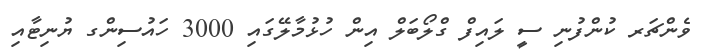
ވެންޗަރ ކުންފުނި ސީ ލައިފް ގްލޯބަލް އިން ހުޅުމާލޭގައި 3000 ހައުސިންގ ޔުނިޓާއި